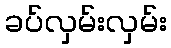
ခပ်လှမ်းလှမ်း